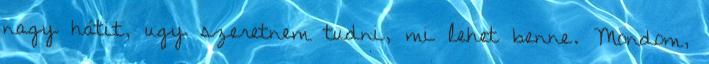
nagy hátit, ugy szeretnem tudni, mi lehet benne. Mondom,